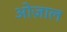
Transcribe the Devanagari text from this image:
ओज़ाल